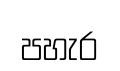
පහැර